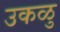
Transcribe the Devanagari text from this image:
उकळु